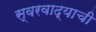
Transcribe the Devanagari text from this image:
स्वरवाद्याची